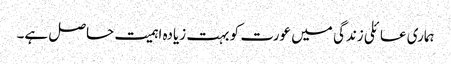
ہماری عائلی زندگی میں عورت کو بہت زیادہ اہمیت حاصل ہے۔